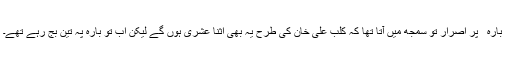
ٰ ٰ بارہ ٰ ٰ پر اصرار تو سمجھ میں آتا تھا کہ کلبِ علی خان کی طرح یہ بھی اثنا عشری ہوں گے لیکن اب تو بارہ پہ تین بج رہے تھے۔